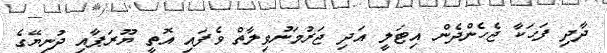
ދާދި ފަހަކާ ޖެހެންދެން އިޓަލީ އަދި ޖަރުމަނުވިލާތް ވެފައި އޮތީ ޔޫރަޕާއި ދުނިޔޭގެ